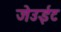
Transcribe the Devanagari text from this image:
जेउईट